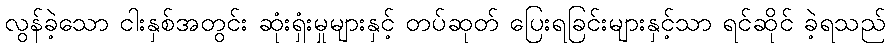
လွန်ခဲ့သော ငါးနှစ်အတွင်း ဆုံးရှံးမှုများနှင့် တပ်ဆုတ် ပြေးရခြင်းများနှင့်သာ ရင်ဆိုင် ခဲ့ရသည်